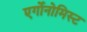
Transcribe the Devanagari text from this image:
एर्गोनोमिस्ट